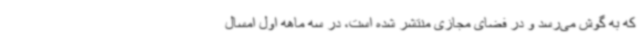
که به گوش می‌رسد و در فضای مجازی منتشر شده است، در سه ماهه اول امسال